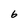
Character: 6